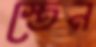
স্তেন